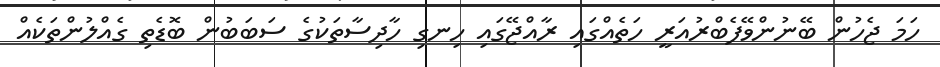
ހަމަ ޖެހުން ބޭނުންވޭފެބްރުއަރީ ހަތެއްގައި ރާއްޖޭގައި ހިނގި ހާދިސާތަކުގެ ސަބަބުން ބޮޑެތި ގެއްލުންތަކެއް